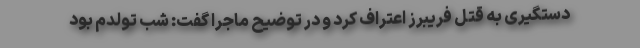
دستگیری به قتل فریبرز اعتراف کرد و در توضیح ماجرا گفت: شب تولدم بود